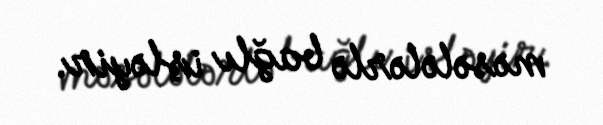
məsələlərlə bağlı işləyir.